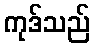
ကုဒ်သည်